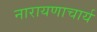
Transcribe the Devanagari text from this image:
नारायणाचार्य